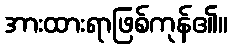
အားထားရာဖြစ်ကုန်၏။